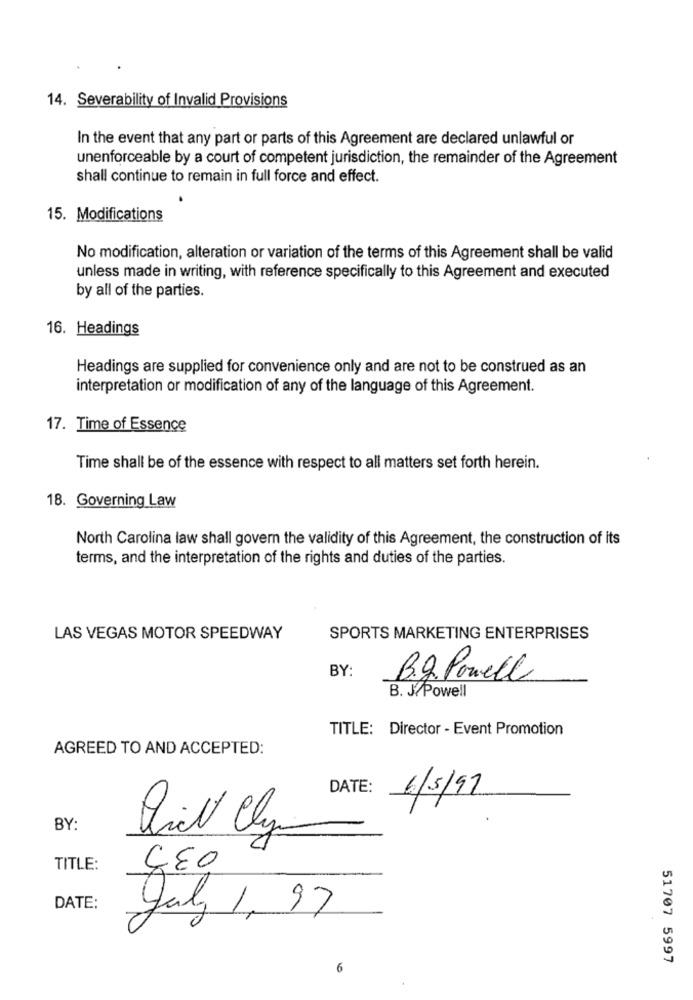
14. Severability of Invalid Provisions
In the event that any part or parts of this Agreement are declared unlawful or
unenforceable by a court of competent jurisdiction, the remainder of the Agreement
shall continue to remain in full force and effect.
15. Modifications
No modification, alteration or variation of the terms of this Agreement shall be valid
unless made in writing, with reference specifically to this Agreement and executed
by all of the parties.
16. Headings
Headings are supplied for convenience only and are not to be construed as an
interpretation or modification of any of the language of this Agreement.
17. Time of Essence
Time shall be of the essence with respect to all matters set forth herein.
18. Governing Law
North Carolina law shall govern the validity of this Agreement, the construction of its
terms, and the interpretation of the rights and duties of the parties.
LAS VEGAS MOTOR SPEEDWAY
SPORTS MARKETING ENTERPRISES
BY:
B.g. Powell
B. J/Powell
TITLE: Director - Event Promotion
AGREED TO AND ACCEPTED:
DATE:
6/5/97
BY:
TITLE:
ÇE0
DATE:
Yal 1, 97
51707 5997
6